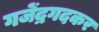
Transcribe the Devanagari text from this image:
गजेंद्रगदकर